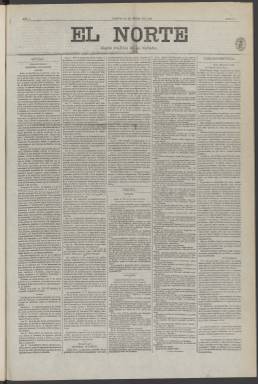
Título: El Norte (Madrid. 1872)
Lugar de publicación: Madrid
Fechas: 23/01/1872-14/06/1872